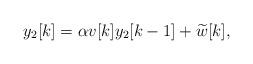
LaTeX: \begin{align*}y_2[k]=\alpha v[k] y_2[k-1]+\widetilde{w}[k],\end{align*}